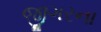
જીગરના